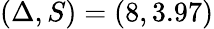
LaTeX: (\Delta,S)=(8,3.97)